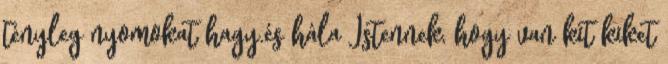
tényleg nyomokat hagy.és hála Istennek, hogy van kit kiket